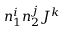
n _ { 1 } ^ { i } n _ { 2 } ^ { j } J ^ { k }